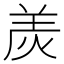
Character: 𤈩